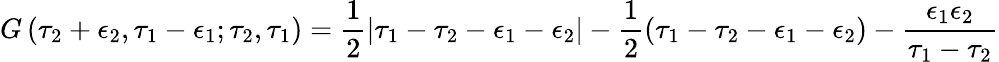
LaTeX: G\left(\tau_{2}+\epsilon_{2},\tau_{1}-\epsilon_{1};\tau_{2},\tau_{1}\right)=\frac 12|\tau_{1}-\tau_{2}-\epsilon_{1}-\epsilon_{2}|-\frac 12\left(\tau_{1}-\tau_{2}-\epsilon_{1}-\epsilon_{2}\right)-\frac{\epsilon_{1}\epsilon_{2}}{\tau_{1}-\tau_{2}}